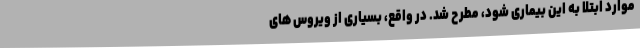
موارد ابتلا به این بیماری شود، مطرح شد. در واقع، بسیاری از ویروس های